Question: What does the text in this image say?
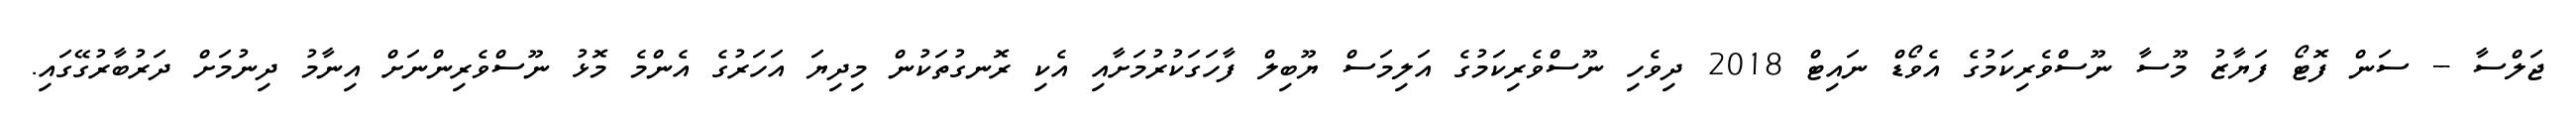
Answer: ޖަލްސާ -- ސަން ފޮޓޯ ފަޔާޒު މޫސާ ނޫސްވެރިކަމުގެ އެވޯޑް ނައިޓް 2018 ދިވެހި ނޫސްވެރިކަމުގެ އަލިމަސް ޔޫބިލް ފާހަގަކުރުމަށާއި އެކި ރޮނގުތަކުން މިދިޔަ އަހަރުގެ އެންމެ މޮޅު ނޫސްވެރިންނަށް އިނާމު ދިނުމަށް ދަރުބާރުގޭގައި.